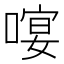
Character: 𠻈